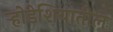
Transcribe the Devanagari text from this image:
र्‍होडेशियातील